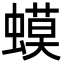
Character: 蟆